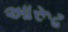
આરૂઢ